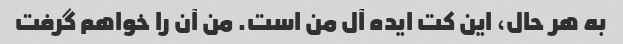
به هر حال، این کت ایده آل من است. من آن را خواهم گرفت